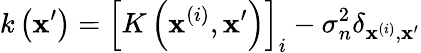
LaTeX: k\left(\mathbf{x}^{\prime}\right)=\left[K\left(\mathbf{x}^{(i)},\mathbf{x}^{\prime}\right)\right]_{i}-\sigma_{n}^{2}\delta_{\mathbf{x}^{(i)},\mathbf{x}^{\prime}}